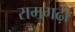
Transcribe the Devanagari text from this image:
रामगढ़ी